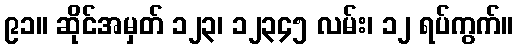
၉၁။ ဆိုင်အမှတ် ၁၂၃၊ ၁၂၃၄၅ လမ်း၊ ၁၂ ရပ်ကွက်။